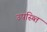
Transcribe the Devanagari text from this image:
उपस्थ्ति